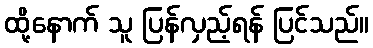
ထို့နောက် သူ ပြန်လှည့်ရန် ပြင်သည်။